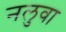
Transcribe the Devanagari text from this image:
नलुवा